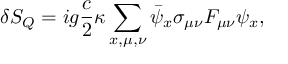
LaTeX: ~ \delta S _ { Q } = i g \frac { c } { 2 } \kappa \sum _ { x , \mu , \nu } \bar { \psi } _ { x } \sigma _ { \mu \nu } F _ { \mu \nu } \psi _ { x } ,